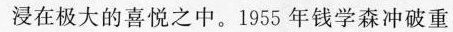
浸在极大的喜悦之中。1955年钱学森冲破重